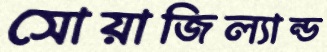
সোয়াজিল্যান্ড